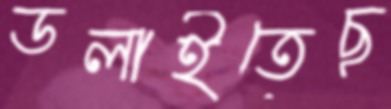
ডলাইতেছ